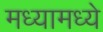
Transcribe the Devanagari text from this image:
मध्यामध्ये